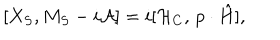
[ X _ { S } , M _ { S } - i { \cal A } ] = i [ { \cal H } _ { C } , \, p \cdot \hat { H } ] ,